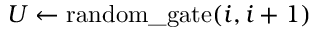
U \gets \mathrm { r a n d o m \_ g a t e } ( i , i + 1 )